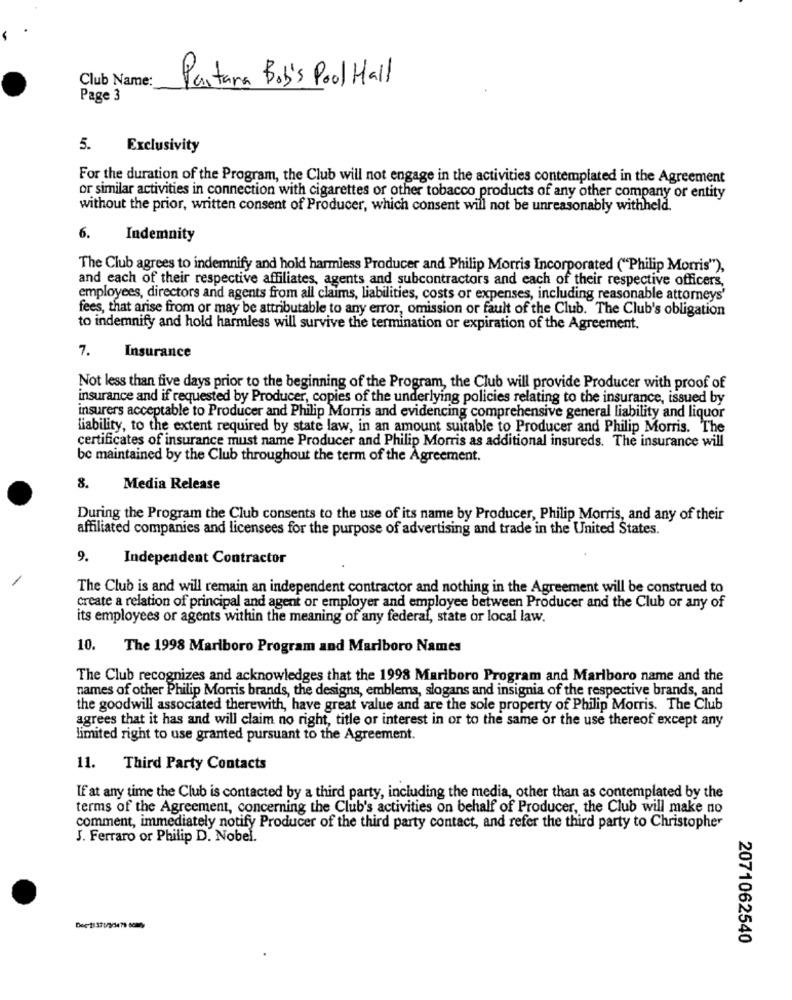
Club Name:
Partana Bob's Pool Mall
Page 3
5.
Exclusivity
For the duration of the Program, the Club will not engage in the activities contemplated in the Agreement
or similar activities in connection with cigarettes or other tobacco products of any other company or entity
without the prior, written consent of Producer, which consent will not be unreasonably withheld.
6.
Indemnity
The Club agrees to indemnify and hold harmless Producer and Philip Morris Incorporated ("Philip Morris"),
and each of their respective affiliates, agents and subcontractors and each of their respective officers,
employees, directors and agents from all claims, liabilities, costs or expenses, including reasonable attorneys'
fees, that arise from or may be attributable to any error, omission or fault of the Club. The Club's obligation
to indemnify and hold harmless will survive the termination or expiration of the Agreement.
7.
Insurance
Not less than five days prior to the beginning of the Program, the Club will provide Producer with proof of
insurance and if requested by Producer, copies of the underlying policies relating to the insurance, issued by
insurers acceptable to Producer and Philip Morris and evidencing comprehensive general liability and liquor
liability, to the extent required by state law, in an amount suitable to Producer and Philip Morris. The
certificates of insurance must name Producer and Philip Morris as additional insureds. The insurance will
be maintained by the Club throughout the term of the Agreement.
8.
Media Release
During the Program the Club consents to the use of its name by Producer, Philip Morris, and any of their
affiliated companies and licensees for the purpose of advertising and trade in the United States.
9.
Independent Contractor
The Club is and will remain an independent contractor and nothing in the Agreement will be construed to
create a relation of principal and agent or employer and employee between Producer and the Club or any of
its employees or agents within the meaning of any federal, state or local law.
10. The 1998 Marlboro Program and Marlboro Names
The Club recognizes and acknowledges that the 1998 Marlboro Program and Marlboro name and the
names of other Philip Morris brands, the designs, emblems, slogans and insignia of the respective brands, and
the goodwill associated therewith, have great value and are the sole property of Philip Morris. The Club
agrees that it has and will claim no right, title or interest in or to the same or the use thereof except any
limited right to use granted pursuant to the Agreement.
11. Third Party Contacts
If at any time the Club is contacted by a third party, including the media, other than as contemplated by the
terms of the Agreement, concerning the Club's activities on behalf of Producer, the Club will make no
comment, immediately notify Producer of the third party contact, and refer the third party to Christopher
J. Ferraro or Philip D. Nobel.
2071062540